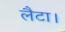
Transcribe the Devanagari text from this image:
लैटा।